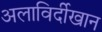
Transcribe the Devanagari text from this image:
अलाविर्दीखान